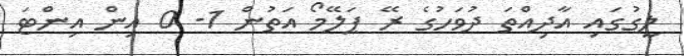
ލީގުގައި އާދިއްތަ ދުވަހުގެ ރޭ ޕަލޭމޯ އަތުން 1- 0 އިން އިންޓަ